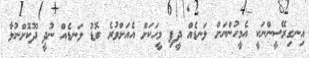
އިނގިރޭސީންނަކީ އެމީހުންނަށް ލަނޑެއް ދީފި މީހަކަށް އެއަށްވުރެ ބޮޑު ލަނޑެއް ނުދީ ދޫކޮށްނުލާ